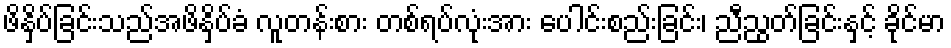
ဖိနှိပ်ခြင်းသည်အဖိနှိပ်ခံ လူတန်းစား တစ်ရပ်လုံးအား ပေါင်းစည်းခြင်း၊ ညီညွတ်ခြင်းနှင့် ခိုင်မာ